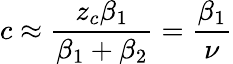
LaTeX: c\approx\frac{z_{c}\beta_{1}}{\beta_{1}+\beta_{2}}=\frac{\beta_{1}}{\nu}